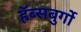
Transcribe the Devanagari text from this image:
हॅब्सबुर्गो